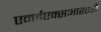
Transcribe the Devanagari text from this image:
एनईएक्सआरएडी